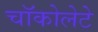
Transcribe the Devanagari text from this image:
चॉकोलेटे